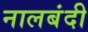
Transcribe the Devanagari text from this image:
नालबंदी